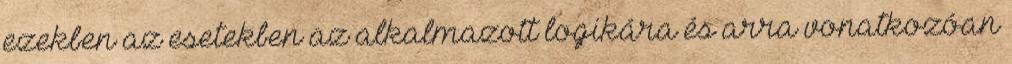
ezekben az esetekben az alkalmazott logikára és arra vonatkozóan